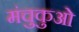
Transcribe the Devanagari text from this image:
मंचुकुओ